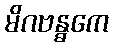
မိဂဗန္ဓကေ